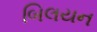
બિલયન